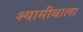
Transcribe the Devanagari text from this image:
श्यामीवाला